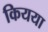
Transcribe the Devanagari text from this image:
कियया